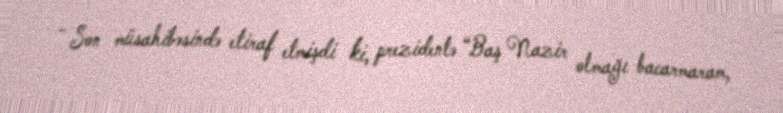
- Son müsahibəsində etiraf etmişdi ki, prezidentə “Baş Nazir olmağı bacarmaram,